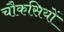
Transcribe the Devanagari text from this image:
चौकसियों